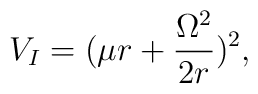
V_{I} = ( \mu r + \frac{\Omega^{2}}{2r})^{2},